Annual report on the health of the army in India
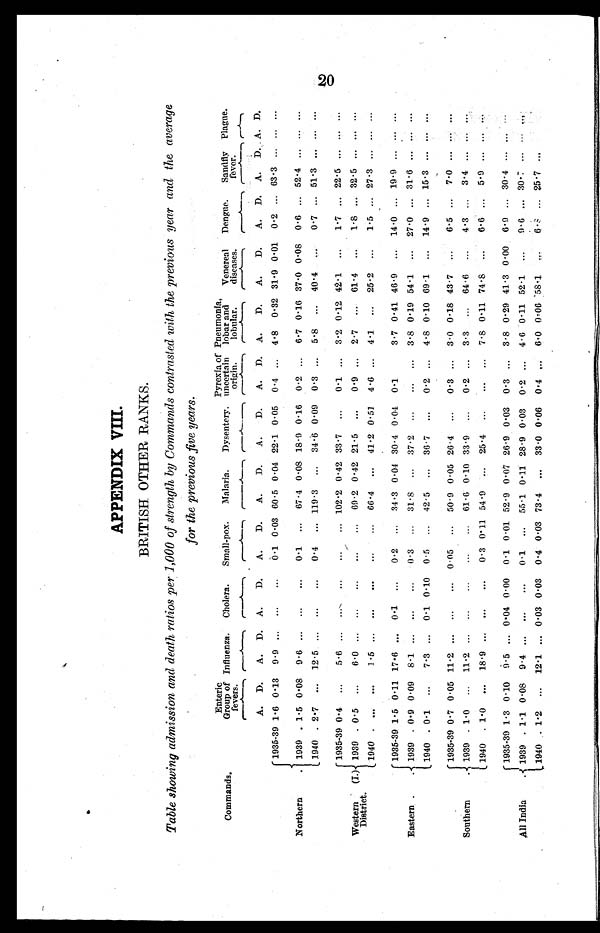
APPENDIX VIII.
BRITISH OTHER RANKS.
Table showing admission and death ratios per 1,000 of strength by Commands contrasted with the previous year and the average
for the previous five years.
Commands.
Enteric
Group of
fevers.
Influenza Cholera. Small-pox.. Malaria. Dysentery.
Pyrexia of
uncertain
origin.
Pneumonia,
lobar and
lobular.
Venereal
diseases.
Dengue. Sandfly
fever.
Plague.
A. D. A. D. A. D. A. D. A. D. A. D. A. D. A. D. A. D. A. D. A. D . A. D.
Northern
1935-39 1.6 0.13 9.9 ... ... ...
0.1 0.03 60.5 0.04 22.1 0.05 0.4 ... 4.8 0.32 31.9 0.01 0.2 ... 63.3 ... ... ...
1939 . 1.5 0.08 9. 6 ... ... ... 0.1 ... 67.4 0.08 18.9 0.16 0.2 ... 6.7 0.16 37.0 0.08 0.6 ... 52.4 ... ... ...
1940 . 2.7 ... 12.5 ... ... ...
0.4 ... 119.3 ... 34.6 0.09 0.3 ... 5.8 ... 40.4 ...
0.7 ... 51.3 ... ... ...
Western (I.)
District.
1935-39 0.4 ... 5.6 ... ... ... ... ... 102.2 0.42 33.7 ... 0.1 ... 3.2 0.12 42.1 ...
1.7 ... 22.5 ... ... ...
1939 . 0.5 ...
6.0 ... ... ... ... ... 69.2 0.42 21.5 ...
0.9 ... 2.7 ... 61.4 ...
1.8 ... 32.5 ... ... ...
1940 .
. . . ...
1.5 ... ... ... ... ... 66.4 ... 41.2 0.51 4.6 ... 4.1 ... 25.2 ...
1.5 ... 27.3 ... ... ...
Eastern . .4
1935-39 1.5 0.11 17.6 ... 0.1 ...
0.2 ... 34.3 0.04 30.4 0.04 0.1
3.7 0.41 46.9 ... 14.0 ... 19.9 ... ... ...
1939 . 0.9 0. 09 8.1 ... ... ... 0.3 ... 31.8 ... 37.2 ...
. . . ... 3.8 0.19 54.1 ... 27.0 ... 31.6 ... ... ...
1940 . 0.1 ...
7.3 ... 0.1 0.10 0.5 ... 42.5 ... 36.7 ...
0.2 ... 4.8 0.10 69.1 ... 14.9 ... 15.3 ... ... ...
Southern
.
1935-39 0.7 0.05 11.2 ... ... ...
0.05 ... 50. 9 0.05 26.4 ... 0.3 ... 3.0 0.18 43.7 ...
6.5 ... 7.0 ...
... ...
1939 . 1.0 ... 11.2 ... ... ... ... ... 61.6 0.10 33.9 ... 0.2 ... 3.3
. . . 64.6 ...
4.3 ... 3.4 ... ... ...
1940 . 1.0 ... 18.9 ... ... ...
0.3 0.11 54.9
. . . 25.4 ...
. . . ... 7.8 0.11 74.8 ... 6.6 ... 5.9 ... ... ...
All India
1935-39 1.3 0.10 9.5 ... 0.04 0.00 0.1 0.01 52.9 0.07 26.9 0.03 0.3 ... 3.8 0.29 41.3 0.00 6.9 ... 30.4 ... ... ...
1939 . 1.1 0.08 9.4 ... ... ...
0.1 ... 55.1 0.11 28.9 0.03 0.2 ... 4.6 0.11 52.1 ...
9.6 ... 30.7 ... ... ...
1940 . 1.2 ... 12.1 ... 0.03 0.03 0.4 0.03 73.4
. . . 33.0 0.06 0.4 ... 6.0 0.06 ' 58.1 ... 6.8 ... 25. 7 ...
... ...
20